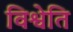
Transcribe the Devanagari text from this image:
विश्वेति